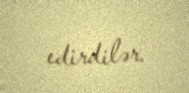
edirdilər.